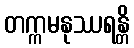
တက္ကမနုဿရန္တိ